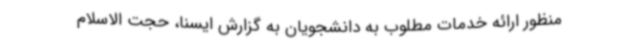
منظور ارائه خدمات مطلوب به دانشجویان به گزارش ایسنا، حجت الاسلام